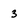
Character: 3